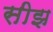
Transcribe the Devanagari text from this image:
सीझ